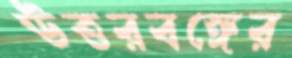
ঊত্তরবঙ্গের